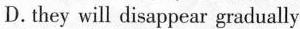
D. they will disappear gradually